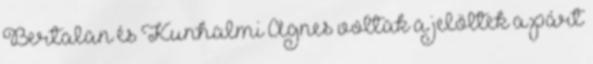
Bertalan és Kunhalmi Ágnes voltak a jelöltek a párt